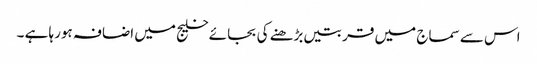
اس سے سماج میں قربتیں بڑھنے کی بجائے خلیج میں اضافہ ہورہا ہے ۔